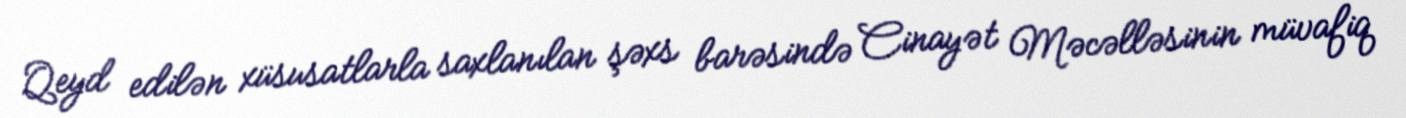
Qeyd edilən xüsusatlarla saxlanılan şəxs barəsində Cinayət Məcəlləsinin müvafiq